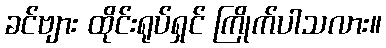
ခင်ဗျား ထိုင်းရုပ်ရှင် ကြိုက်ပါသလား။